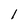
Character: 1